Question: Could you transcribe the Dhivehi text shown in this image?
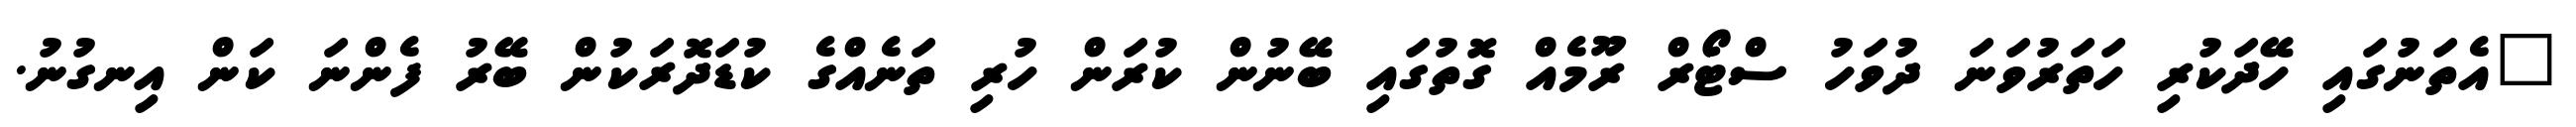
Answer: "އެތަނުގައި ހޭދަކުރި ހަތަރުވަނަ ދުވަހު ސްޓޯރް ރޫމެއް ގޮތުގައި ބޭނުން ކުރަން ހުރި ތަނެއްގެ ކުޑަދޮރަކުން ބޭރު ފެންނަ ކަން އިނގުނު.